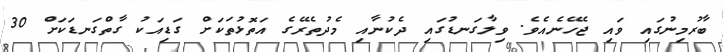
ބާރުމިނުގައި ވައި ޖެހޭނެއެވެ. ވިލާގަނޑުގައި ދެކުނާއި މެދުތެރޭގެ އަތޮޅުތަކަށް ގަޑިއަކު ގާތްގަނޑަކަށް 30